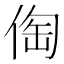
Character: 𠊐